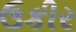
ઉકીર